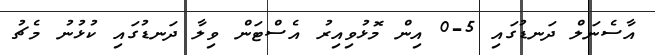
އާސެނަލް ދަނޑުގައި 5-0 އިން މޮޅުވިއިރު އެސްޓަން ވިލާ ދަނޑުގައި ކުޅުނު މެޗު